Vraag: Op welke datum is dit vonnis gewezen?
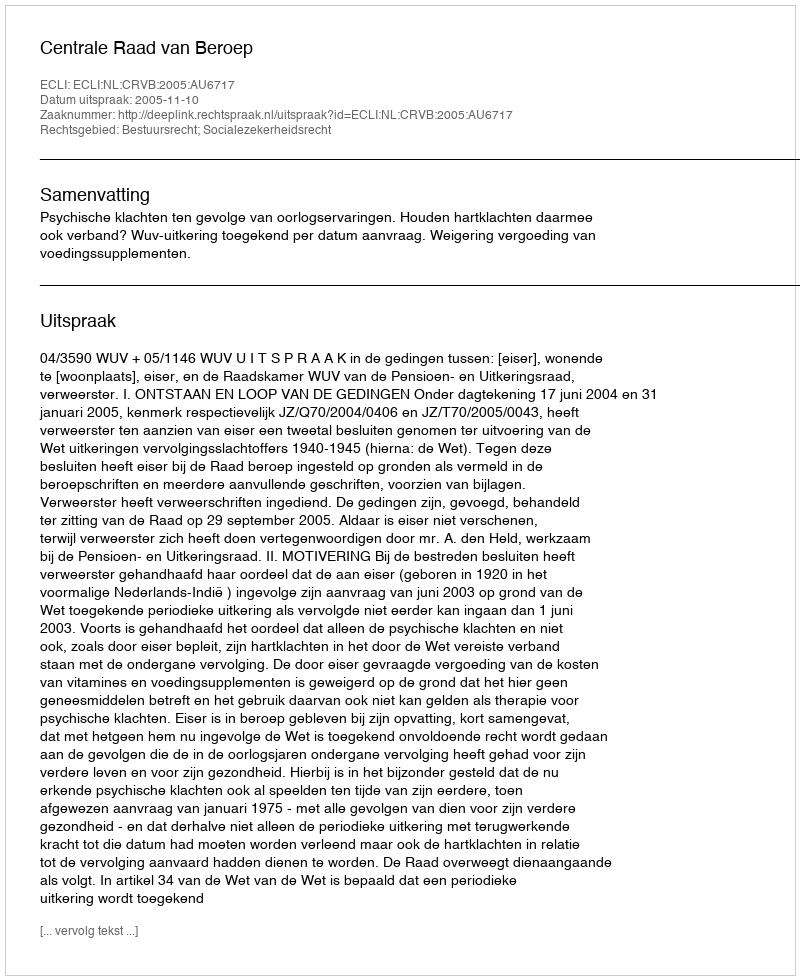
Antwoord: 2005-11-10